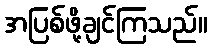
အပြစ်ဖို့ချင်ကြသည်။